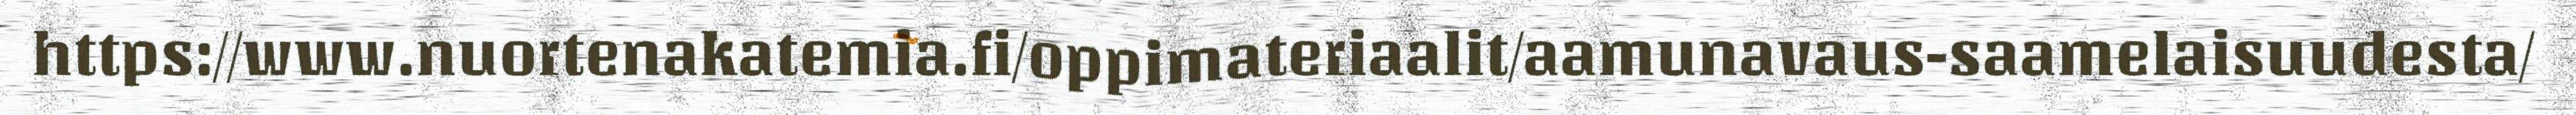
https://www.nuortenakatemia.fi/oppimateriaalit/aamunavaus-saamelaisuudesta/